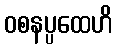
ဝစနပ္ပထေဟိ